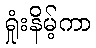
ရှုံးနိမ့်ကာ